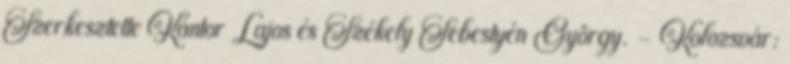
Szerkesztette Kántor Lajos és Székely Sebestyén György. – Kolozsvár: